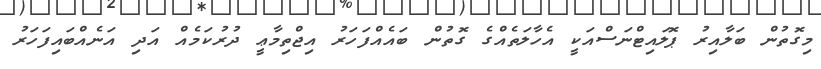
މިގޮތުން ބަލާއިރު ޕޮލައިޓްނަސްއަކީ އެހާލަތެއްގެ ގޮތުން ބައެއްފަހަރު އިޖްތިމާޢީ ދުރުކަމެއް އަދި އަނެއްބައިފަހަރު